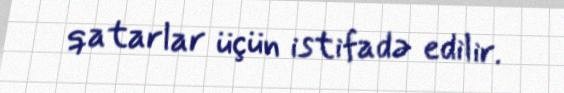
qatarlar üçün istifadə edilir.